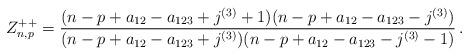
LaTeX: \begin{align*} Z^{++}_{n,p}=\frac{(n-p+a_{12}-a_{123}+j^{(3)}+1)(n-p+a_{12}-a_{123}-j^{(3)})}{(n-p+a_{12}-a_{123}+j^{(3)})(n-p+a_{12}-a_{123}-j^{(3)}-1)}\,.\end{align*}